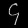
Digit: ၄